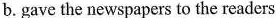
b.gave the newspapers to the readers